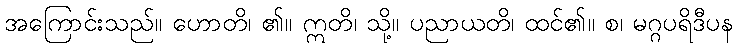
အကြောင်းသည်။ ဟောတိ၊ ၏။ ဣတိ၊ သို့။ ပညာယတိ၊ ထင်၏။ စ၊ မဂ္ဂပရိဒီပန